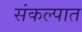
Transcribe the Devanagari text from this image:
संकल्पात